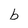
Character: b